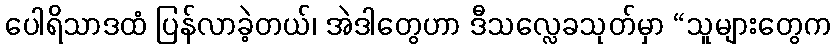
ပေါရိသာဒထံ ပြန်လာခဲ့တယ်၊ အဲဒါတွေဟာ ဒီသလ္လေခသုတ်မှာ “သူများတွေက